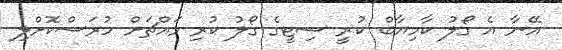
އޭނާ އެ ގޯލު ކާމިޔާބް ކުރީ ސިޓީގެ ގޯލު ކުރި މައްޗަށް ހުރަސްކޮށްލި